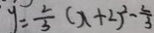
y = \frac { 2 } { 3 } ( x + 2 ) ^ { 2 } - \frac { 2 } { 3 }